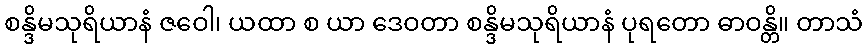
စန္ဒိမသုရိယာနံ ဇဝေါ၊ ယထာ စ ယာ ဒေဝတာ စန္ဒိမသုရိယာနံ ပုရတော ဓာဝန္တိ။ တာသံ